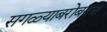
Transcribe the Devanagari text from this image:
सगळ्याबरोबरच